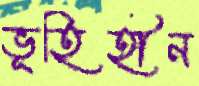
ভূহিহীন